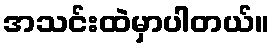
အသင်းထဲမှာပါတယ်။